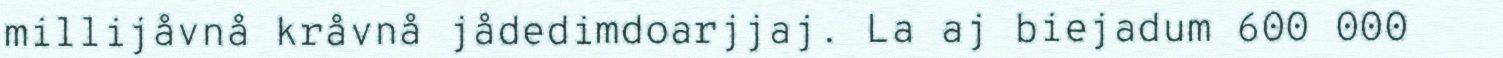
millijåvnå kråvnå jådedimdoarjjaj. La aj biejadum 600 000